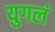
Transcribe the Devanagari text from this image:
युगलं